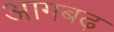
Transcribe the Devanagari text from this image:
आगबढ़